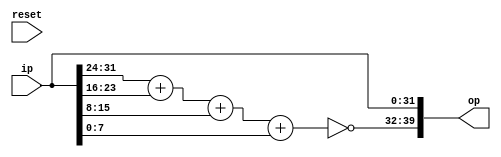
module Eight_bit_checksum_generator (
input reset,
input[31:0] ip,
output [39:0] op
);
  reg [7:0] checksum;

assign checksum = (ip[31:24] + ip[23:16] + ip[15:8] + ip[7:0]);
assign op = {~checksum, ip};

  
endmodule